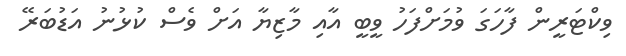
ވިކްޓަރީން ފާހަގަ ވުމަށްފަހު ވީބީ އާއި މާޒިޔާ އަށް ވެސް ކުޅުނު އަޑުބަރޭ